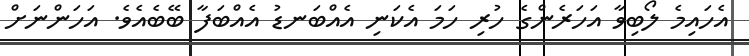
އެހައިމެ ލޯބިވާ އަހަރެންގެ ހުރި ހަމަ އެކަނި އެއްބަނޑު އެއްބަފާ ބޭބެއެވެ. އަހަންނަށް